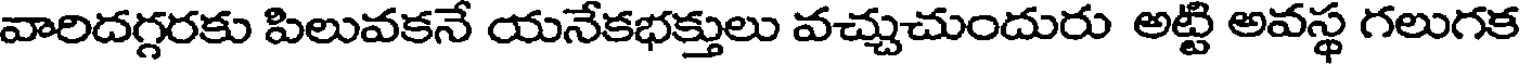
వారిదగ్గరకు పిలువకనే యనేకభక్తులు వచ్చుచుందురు అట్టి అవస్థ గలుగక